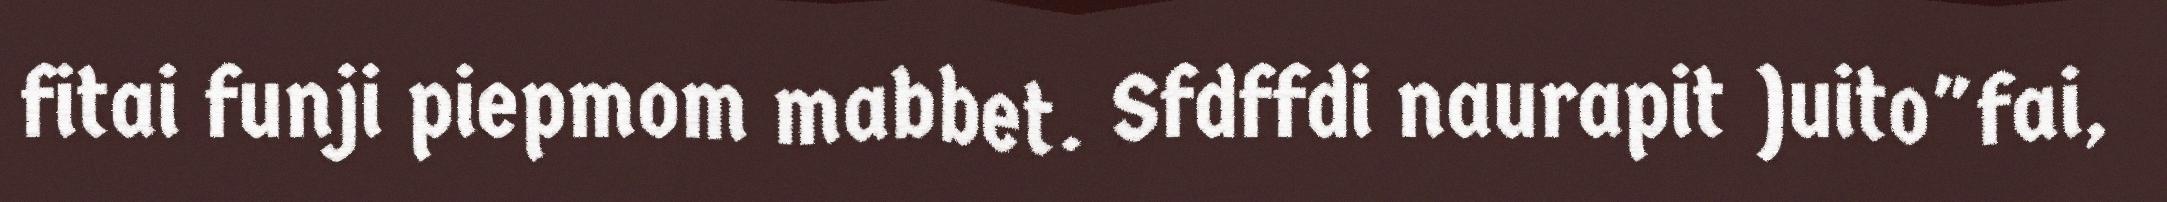
fitai funji piepmom mabbet. Sfdffdi naurapit )uito"fai,